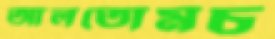
আলতোমচ